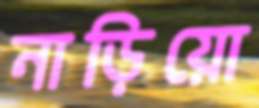
নাড়িয়ো